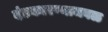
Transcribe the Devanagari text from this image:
दंडकारण्याजवळ